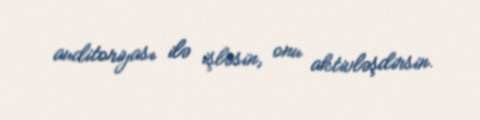
auditoriyası ilə işləsin, onu aktivləşdirsin.